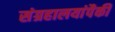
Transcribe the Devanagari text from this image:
संग्रहालयांपैकी